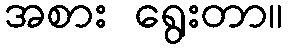
အစား ရွေးတာ။